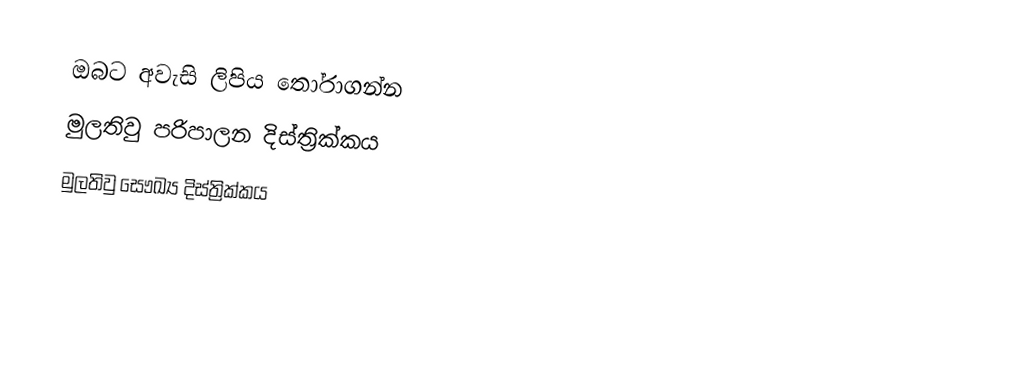
ඔබට අවැසි ලිපිය තෝරාගන්න
 මුලතිවු පරිපාලන දිස්ත්‍රික්කය
 මුලතිවු සෞඛ්‍ය දිස්ත්‍රික්කය